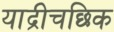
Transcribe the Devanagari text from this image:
याद्रीचछिक